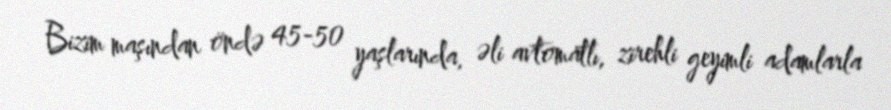
Bizim maşından öndə 45-50 yaşlarında, əli avtomatlı, zirehli geyimli adamlarla